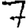
Digit: 7